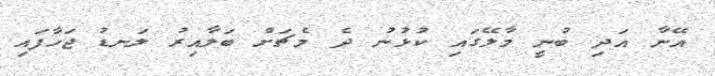
އޭނާ އަދި ބުނީ މާލޭގައި ކުޅުނު ދެ މެޗަށް ބަލާއިރު ލަނޑު ޖަހާފައި